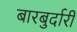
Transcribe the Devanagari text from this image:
बारबुर्दारी